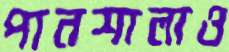
পানশালাও